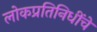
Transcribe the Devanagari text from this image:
लोकप्रतिनिधींचे